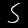
Digit: 5